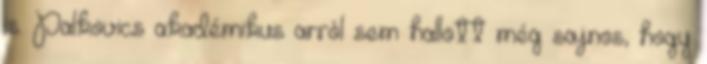
is. Palkovics akadémikus arról sem hallott még sajnos, hogy